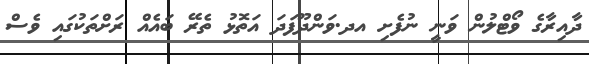
ދާއިރާގެ ވޯޓްލުން ވަނީ ނުފެށި އދ.ވަންދޫފަދަ އަތޮޅު ތެރޭ ބައެއް ރަށްތަކުގައި ވެސް